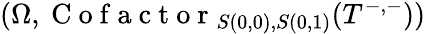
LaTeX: (\Omega,\mathrm{~C~o~f~a~c~t~o~r~}_{S(0,0),S(0,1)}(T^{-,-}))